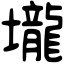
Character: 壠